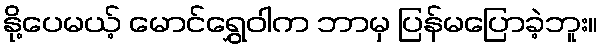
နို့ပေမယ့် မောင်ရွှေဝါက ဘာမှ ပြန်မပြောခဲ့ဘူး။